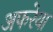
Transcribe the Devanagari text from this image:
अफरेया